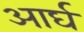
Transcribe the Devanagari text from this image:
आर्घ